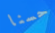
حسنا